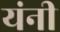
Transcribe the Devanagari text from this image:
यंनी